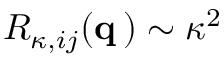
{ \cal R } _ { \kappa , i j } ( { \bf q } \, ) \sim \kappa ^ { 2 }